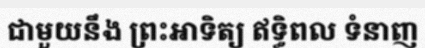
ជាមួយនឹង ព្រះអាទិត្យ ឥទ្ធិពល ទំនាញ